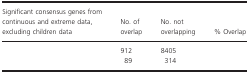
<table><thead><tr><td><b>Significant consensus genes from continuous and extreme data, excluding children data</b></td><td><b>No. of overlap</b></td><td><b>No. not overlapping</b></td><td><b>% Overlap</b></td></tr></thead><tbody><tr><td>[EMPTY_CELL]</td><td>912</td><td>8405</td><td>[EMPTY_CELL]</td></tr><tr><td>[EMPTY_CELL]</td><td>89</td><td>314</td><td>[EMPTY_CELL]</td></tr></tbody></table>